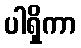
ပါရှိကာ